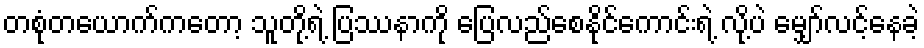
တစုံတယောက်ကတော့ သူတို့ရဲ့ ပြဿနာကို ပြေလည်စေနိုင်ကောင်းရဲ့ လို့ပဲ မျှော်လင့်နေခဲ့